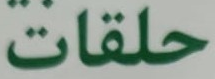
حلقات